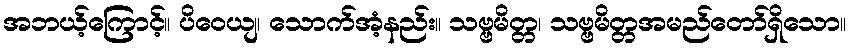
အဘယ့်ကြောင့်။ ပိဝေယျ၊ သောက်အံ့နည်း။ သဗ္ဗမိတ္တ၊ သဗ္ဗမိတ္တအမည်တော်ရှိသော။